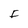
Character: F